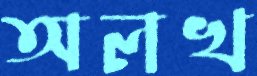
অলখ